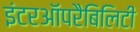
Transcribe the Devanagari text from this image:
इंटरऑपरैबिलिटी